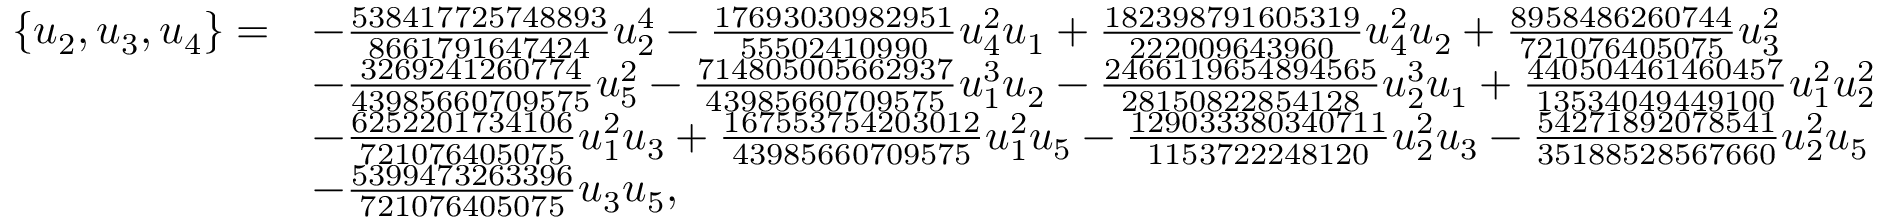
\begin{array} { r l } { \{ u _ { 2 } , u _ { 3 } , u _ { 4 } \} = } & { - \frac { 5 3 8 4 1 7 7 2 5 7 4 8 8 9 3 } { 8 6 6 1 7 9 1 6 4 7 4 2 4 } u _ { 2 } ^ { 4 } - \frac { 1 7 6 9 3 0 3 0 9 8 2 9 5 1 } { 5 5 5 0 2 4 1 0 9 9 0 } u _ { 4 } ^ { 2 } u _ { 1 } + \frac { 1 8 2 3 9 8 7 9 1 6 0 5 3 1 9 } { 2 2 2 0 0 9 6 4 3 9 6 0 } u _ { 4 } ^ { 2 } u _ { 2 } + \frac { 8 9 5 8 4 8 6 2 6 0 7 4 4 } { 7 2 1 0 7 6 4 0 5 0 7 5 } u _ { 3 } ^ { 2 } } \\ & { - \frac { 3 2 6 9 2 4 1 2 6 0 7 7 4 } { 4 3 9 8 5 6 6 0 7 0 9 5 7 5 } u _ { 5 } ^ { 2 } - \frac { 7 1 4 8 0 5 0 0 5 6 6 2 9 3 7 } { 4 3 9 8 5 6 6 0 7 0 9 5 7 5 } u _ { 1 } ^ { 3 } u _ { 2 } - \frac { 2 4 6 6 1 1 9 6 5 4 8 9 4 5 6 5 } { 2 8 1 5 0 8 2 2 8 5 4 1 2 8 } u _ { 2 } ^ { 3 } u _ { 1 } + \frac { 4 4 0 5 0 4 4 6 1 4 6 0 4 5 7 } { 1 3 5 3 4 0 4 9 4 4 9 1 0 0 } u _ { 1 } ^ { 2 } u _ { 2 } ^ { 2 } } \\ & { - \frac { 6 2 5 2 2 0 1 7 3 4 1 0 6 } { 7 2 1 0 7 6 4 0 5 0 7 5 } u _ { 1 } ^ { 2 } u _ { 3 } + \frac { 1 6 7 5 5 3 7 5 4 2 0 3 0 1 2 } { 4 3 9 8 5 6 6 0 7 0 9 5 7 5 } u _ { 1 } ^ { 2 } u _ { 5 } - \frac { 1 2 9 0 3 3 3 8 0 3 4 0 7 1 1 } { 1 1 5 3 7 2 2 2 4 8 1 2 0 } u _ { 2 } ^ { 2 } u _ { 3 } - \frac { 5 4 2 7 1 8 9 2 0 7 8 5 4 1 } { 3 5 1 8 8 5 2 8 5 6 7 6 6 0 } u _ { 2 } ^ { 2 } u _ { 5 } } \\ & { - \frac { 5 3 9 9 4 7 3 2 6 3 3 9 6 } { 7 2 1 0 7 6 4 0 5 0 7 5 } u _ { 3 } u _ { 5 } , } \end{array}